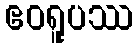
ဧဝရူပဿ